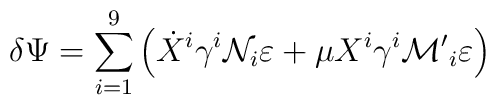
\delta \Psi = \sum_{i=1}^9 \left( \dot{X}^i \gamma^i {\cal{N}}_i \varepsilon + \mu X^i \gamma^i {\cal{M'}}_i \varepsilon \right)